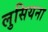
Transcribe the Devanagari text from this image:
लुसियना